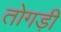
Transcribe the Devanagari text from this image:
तोगड़ी